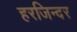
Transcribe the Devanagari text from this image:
हरजिन्दर